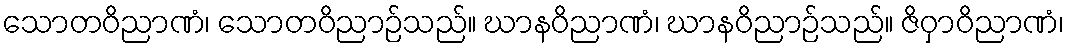
သောတဝိညာဏံ၊ သောတဝိညာဉ်သည်။ ဃာနဝိညာဏံ၊ ဃာနဝိညာဉ်သည်။ ဇိဝှာဝိညာဏံ၊